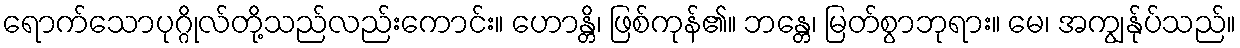
ရောက်သောပုဂ္ဂိုလ်တို့သည်လည်းကောင်း။ ဟောန္တိ၊ ဖြစ်ကုန်၏။ ဘန္တေ၊ မြတ်စွာဘုရား။ မေ၊ အကျွန်ုပ်သည်။